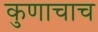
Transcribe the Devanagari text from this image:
कुणाचाच